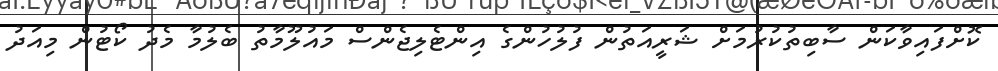
ކޮށްފައިވާކަން ސާބިތުކުރުމަށް ޝަރީއަތުން ފުލުހުންގެ އިންޓެލިޖެންސް މައުލޫމާތު ބެލުމާ މެދު ކޯޓުން މިއަދު